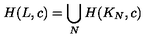
H ( L , c ) = \bigcup _ { N } H ( K _ { N } , c )